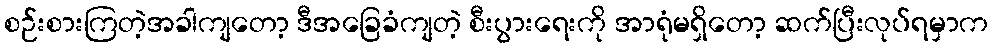
စဉ်းစားကြတဲ့အခါကျတော့ ဒီအခြေခံကျတဲ့ စီးပွားရေးကို အာရုံမရှိတော့ ဆက်ပြီးလုပ်ရမှာက